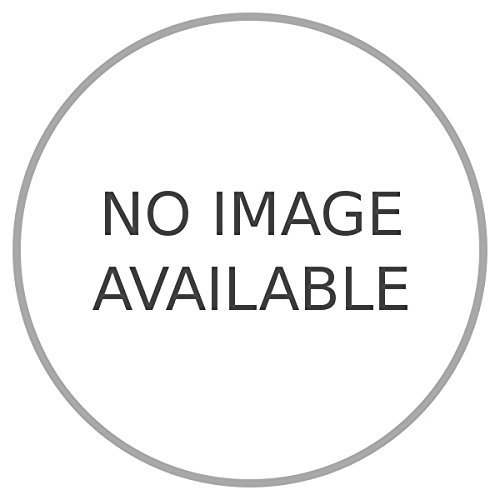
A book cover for I possedimenti olandesi. I. II. Le Indie Olandesi, il Suriname, le Antille.; RICCARDI Riccardo -; Travel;